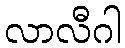
လာလီဂါ